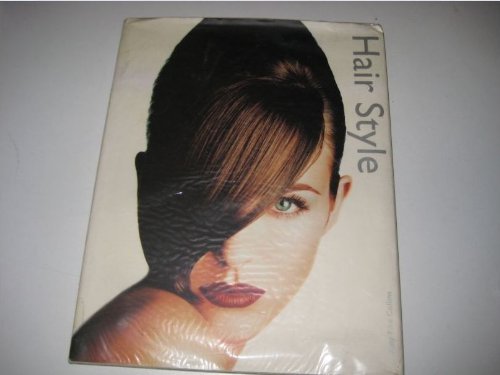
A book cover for Hair Style; Amy Fine Collins; Health, Fitness & Dieting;